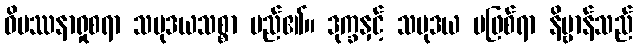
ဝိပဿနာရှုစရာ သမုဒယသစ္စာ မည်၏။ ဒုက္ခနှင့် သမုဒယ မဖြစ်ရာ နိဗ္ဗာန်သည်